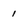
Character: 1